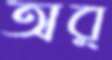
অর্